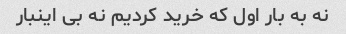
نه به بار اول که خرید کردیم نه بی اینبار